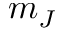
m _ { J }